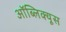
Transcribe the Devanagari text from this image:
ऑब्लिक्यूस